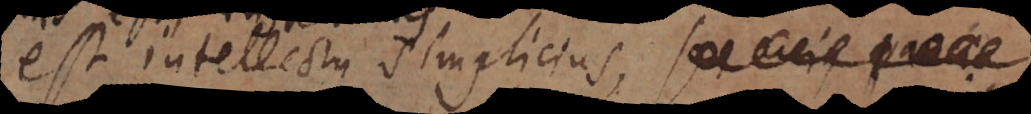
est intellectu simplicius, seu